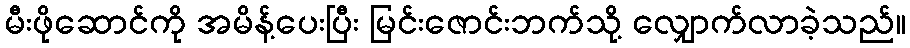
မီးဖိုဆောင်ကို အမိန့်ပေးပြီး မြင်းဇောင်းဘက်သို့ လျှောက်လာခဲ့သည်။